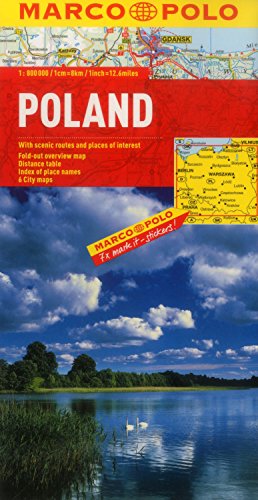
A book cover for Poland Marco Polo Map (Marco Polo Maps); Marco Polo Travel; Travel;